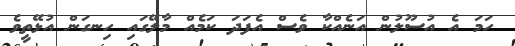
ހަމަ އެ އުސޫލުން އަނެއްކާ ވެސް އެފަދަ ކަމެއް މާލޭގައި ހިނގަން އުޅޭތީވެ